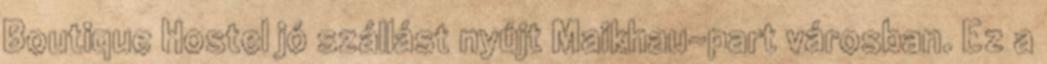
Boutique Hostel jó szállást nyújt Maikhau-part városban. Ez a